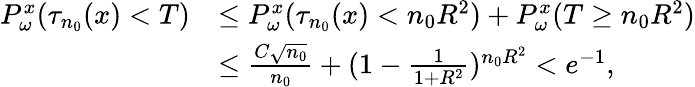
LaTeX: \begin{array}{rl}{P_{\omega}^{x}(\tau_{n_{0}}(x)<T)}&{\le P_{\omega}^{x}(\tau_{n_{0}}(x)<n_{0}R^{2})+P_{\omega}^{x}(T\ge n_{0}R^{2})}\\ &{\le\frac{C\sqrt{n_{0}}}{n_{0}}+(1-\frac 1{1+R^{2}})^{n_{0}R^{2}}<e^{-1},}\end{array}